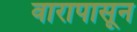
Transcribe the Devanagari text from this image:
वारापासून